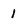
Character: 1